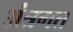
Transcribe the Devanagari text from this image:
अंत्रगत